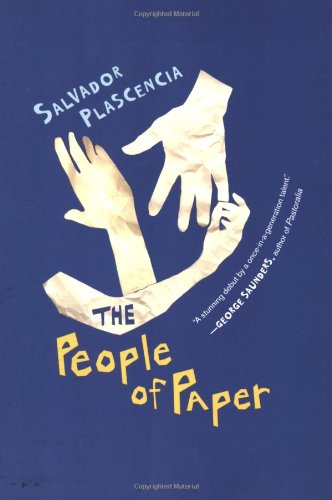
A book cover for The People of Paper; Salvador Plascencia; Literature & Fiction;